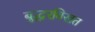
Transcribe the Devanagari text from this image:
बुद्धरविखत